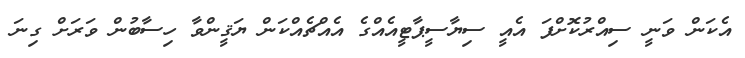
އެކަން ވަނީ ސިއްރުކޮށްފަ އެއީ ސިޔާސީޕާޓީއެއްގެ އެއްޗެއްކަން ޔަޤީންވާ ހިސާބުން ވަރަށް ގިނަ